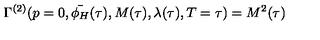
\Gamma ^ { ( 2 ) } ( p = 0 , \bar { \phi _ { H } } ( \tau ) , M ( \tau ) , \lambda ( \tau ) , T = \tau ) = M ^ { 2 } ( \tau )